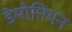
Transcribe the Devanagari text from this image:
डेमोनियन